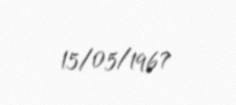
15/05/1967